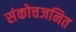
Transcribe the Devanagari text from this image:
संकोचजनित